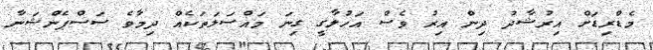
މެޑްރިޑަށް އިރުޝާދު ދިން އިރު ވެސް އަހުލާގީ ގިނަ މައްސަލަތަކެއް ދިމާވެ ސަސްޕެންޝަނާ